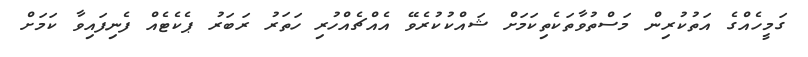
ގަމީހެއްގެ އަތުކުރިން މަސްތުވާތަކެތިކަމަށް ޝައްކުކުރެވޭ އެއްޗެއްހުރި ހަތަރު ރަބަރު ޕެކެޓެއް ފެނިފައިވާ ކަމަށް